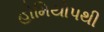
હોમિયોપથી